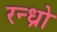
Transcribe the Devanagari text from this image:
रन्ध्रो